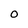
Character: 0